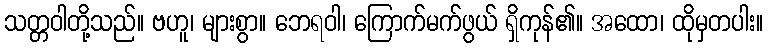
သတ္တဝါတို့သည်။ ဗဟူ၊ များစွာ။ ဘေရဝါ၊ ကြောက်မက်ဖွယ် ရှိကုန်၏။ အထော၊ ထိုမှတပါး။